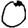
Digit: 0